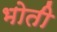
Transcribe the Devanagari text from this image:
भोती